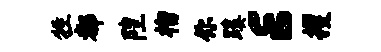
牲都隍榴你蹊E攫